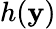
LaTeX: h(\mathbf{y})